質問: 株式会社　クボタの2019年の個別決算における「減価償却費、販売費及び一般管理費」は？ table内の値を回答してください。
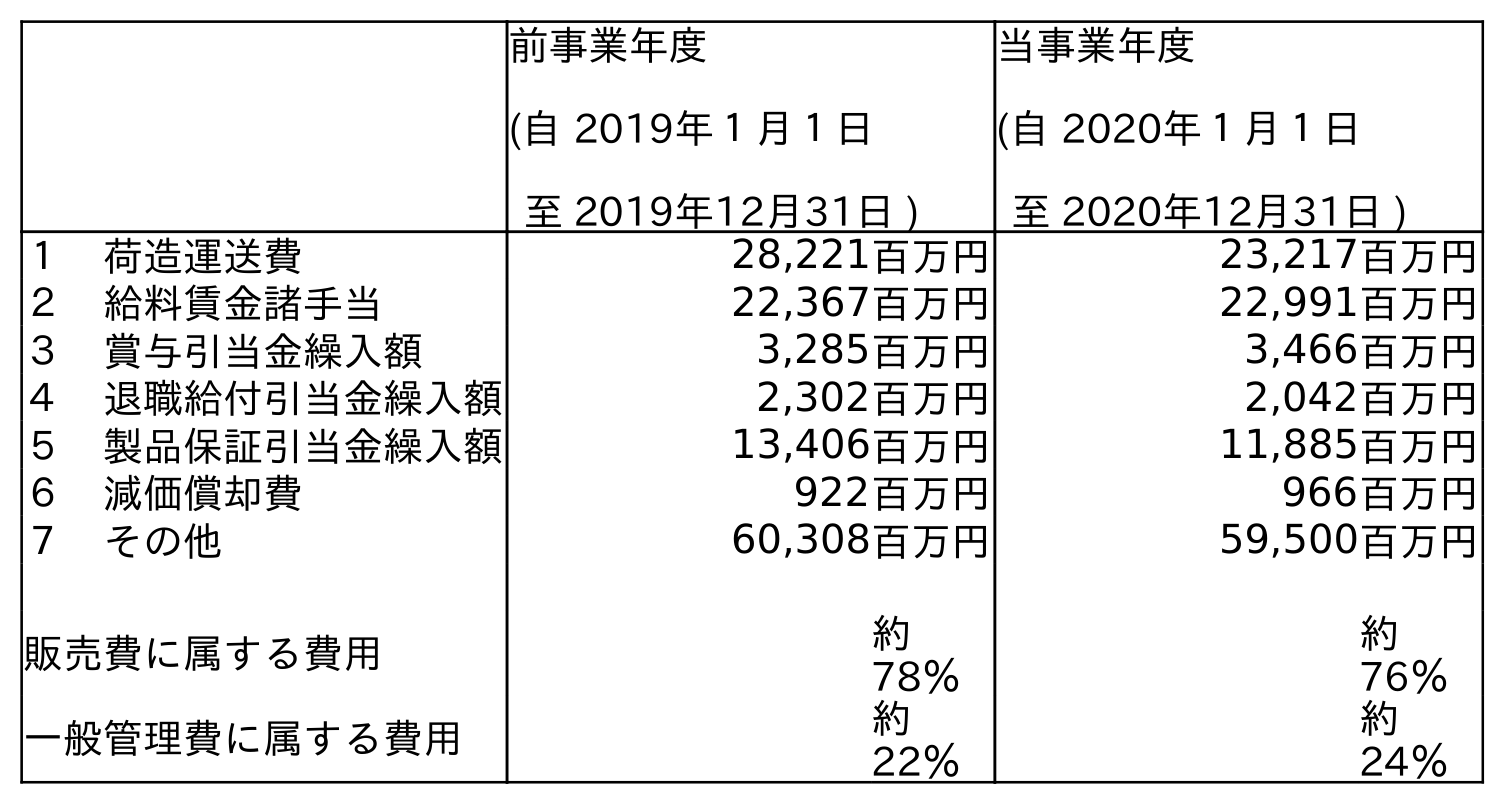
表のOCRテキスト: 前事業年度 (自 2019年１月１日 至 2019年12月31日 ) 当事業年度 (自 2020年１月１日 至 2020年12月31日 ) １ 荷造運送費 28,221百万円 23,217百万円 ２ 給料賃金諸手当 22,367百万円 22,991百万円 ３ 賞与引当金繰入額 3,285百万円 3,466百万円 ４ 退職給付引当金繰入額 2,302百万円 2,042百万円 ５ 製品保証引当金繰入額 13,406百万円 11,885百万円 ６ 減価償却費 922百万円 966百万円 ７ その他 60,308百万円 59,500百万円 販売費に属する費用 約 78％ 約 76％ 一般管理費に属する費用 約 22％ 約 24％
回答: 922